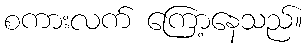
စကားလက် ကြော့နေသည်။